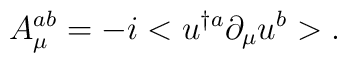
A_{\mu}^{ab}=-i<u^{\dagger a}\partial_{\mu}u^{b}>.